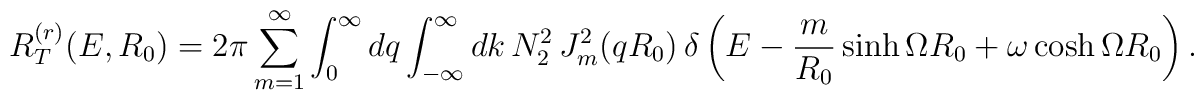
R_T^{(r)}(E,R_0)=2\pi\sum_{m=1}^{\infty}\int_{0}^{\infty}dq \int_{-\infty}^{\infty}dk\,N_2^2\,J_m^2(qR_0)\, \delta\left(E-\frac{m}{R_0}\sinh\Omega R_0 +\omega\cosh\Omega R_0\right).